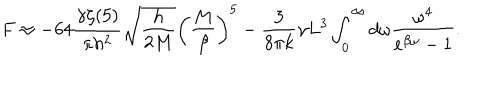
F \approx - 6 4 \frac { \gamma \zeta ( 5 ) } { \pi h ^ { 2 } } \sqrt { \frac { h } { 2 M } } \left( \frac { M } { \beta } \right) ^ { 5 } - \frac { 3 } { 8 \pi k } \gamma L ^ { 3 } \int _ { 0 } ^ { \infty } d \omega \frac { \omega ^ { 4 } } { e ^ { \beta \omega } - 1 } .